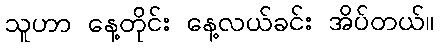
သူဟာ နေ့တိုင်း နေ့လယ်ခင်း အိပ်တယ်။